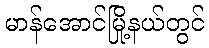
မာန်အောင်မြို့နယ်တွင်